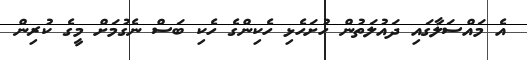
އެ މައްސަލާގައި ދައުލަތުން ހުށަހެޅި ހެކިންގެ ހެކި ބަސް ނެގުމަށް މީގެ ކުރިން